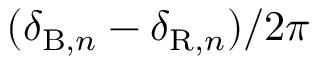
( \delta _ { \mathrm { B } , n } - \delta _ { \mathrm { R } , n } ) / 2 \pi